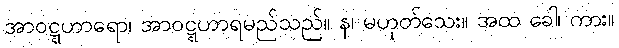
အာဝဋ္ဋဟာရော၊ အာဝဋ္ဋဟာရမည်သည်။ န၊ မဟုတ်သေး။ အထ ခေါ၊ ကား။